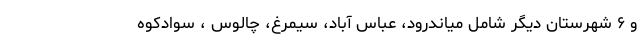
و ۶ شهرستان دیگر شامل میاندرود، عباس آباد، سیمرغ، چالوس ، سوادکوه